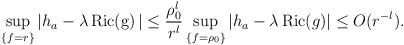
LaTeX: \begin{align*} \sup _{\{f=r\}}|h_a-\lambda\operatorname{Ric(g)}|\leq\frac{\rho_0^l }{r^l} \sup _{\{f=\rho_0\}}|h_a-\lambda\operatorname{Ric}(g)|\leq O(r^{-l}). \end{align*}